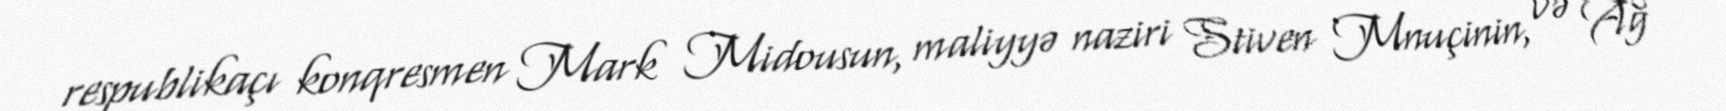
respublikaçı konqresmen Mark Midousun, maliyyə naziri Stiven Mnuçinin, və Ağ